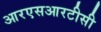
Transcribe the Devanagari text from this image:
आरएसआरटीसी